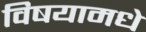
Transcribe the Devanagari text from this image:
विषयामधे